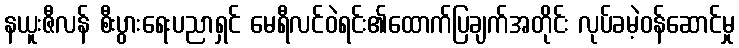
နယူးဇီလန် စီးပွားရေးပညာရှင် မေရီလင်ဝဲရင်း၏ထောက်ပြချက်အတိုင်း လုပ်ခမဲ့ဝန်ဆောင်မှု